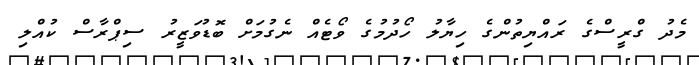
މެދު ގްރީސްގެ ރައްޔިތުންގެ ހިޔާލު ހޯދުމުގެ ވޯޓެއް ނެގުމަށް ބޮޑުވަޒީރު ސިޕްރާސް ކުއްލި